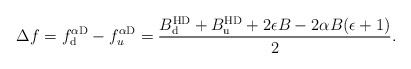
\begin{align*}\!\!\!\!\!\!\!\!\! \Delta f = f^{\alpha {\rm D}}_{\rm d}-f^{\alpha {\rm D}}_{u}=\frac{B_{\rm d}^{\rm HD}+B_{\rm u}^{\rm HD}+2\epsilon B-2 \alpha B (\epsilon+1)}{2}.\end{align*}